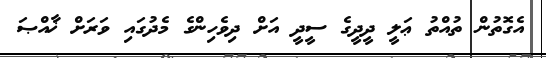
އެގޮތުން ތުއްތު ޢަލީ ދީދީގެ ސީދީ އަށް ދިވެހިންގެ މެދުގައި ވަރަށް ޚާއްޞަ